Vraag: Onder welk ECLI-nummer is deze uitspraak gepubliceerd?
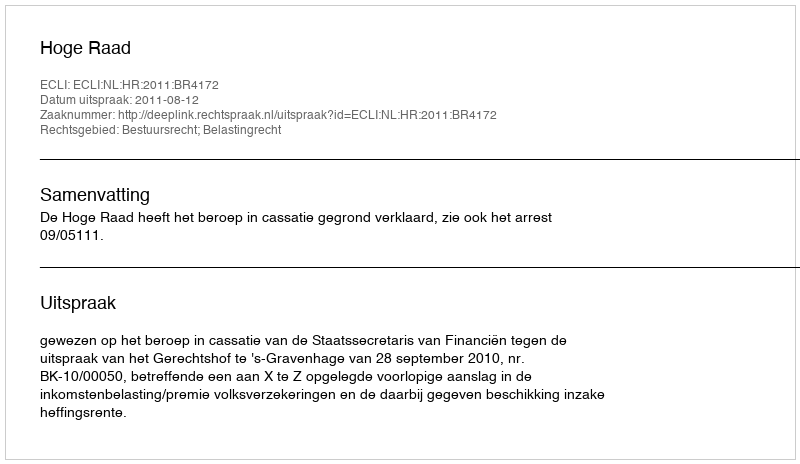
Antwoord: ECLI:NL:HR:2011:BR4172